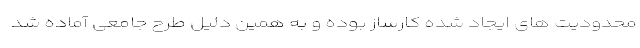
محدودیت های ایجاد شده کارساز بوده و به همین دلیل طرح جامعی آماده شد